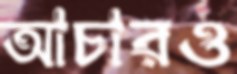
আচারও